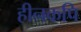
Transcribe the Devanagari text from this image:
हीनकपि